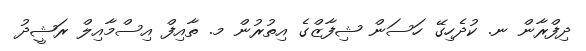
ދިފްރާން ނ. ކުދެހިގޭ ހަސަން ޝިފާޒްގެ އިތުރުން މ. ތާއިފް އިސްމާއިލް ރަޝީދު